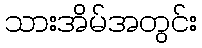
သားအိမ်အတွင်း